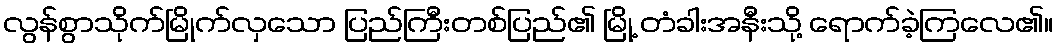
လွန်စွာသိုက်မြိုက်လှသော ပြည်ကြီးတစ်ပြည်၏ မြို့ တံခါးအနီးသို့ ရောက်ခဲ့ကြလေ၏။